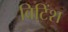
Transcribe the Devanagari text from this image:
बिटिंश